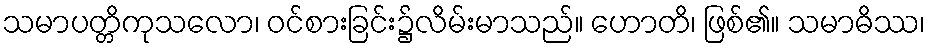
သမာပတ္တိကုသလော၊ ဝင်စားခြင်း၌လိမ်းမာသည်။ ဟောတိ၊ ဖြစ်၏။ သမာဓိဿ၊